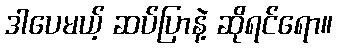
ဒါပေမယ့် ဆပ်ပြာနဲ့ ဆိုရင်ရော။